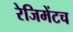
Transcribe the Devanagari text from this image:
रेजिमेंटच